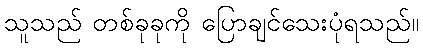
သူသည် တစ်ခုခုကို ပြောချင်သေးပုံရသည်။